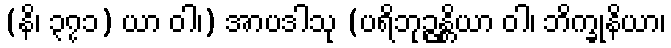
(နိ၊ ၃၇၁) ယာ ဝါ၊) အာပဒါသု (ပရိဘုဉ္ဇန္တိယာ ဝါ၊ ဘိက္ခုနိယာ၊